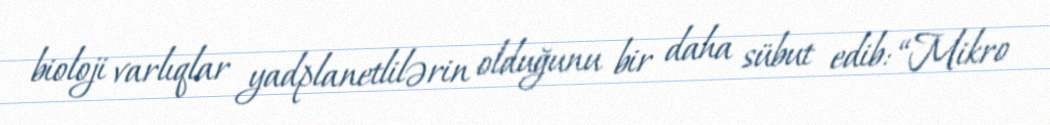
bioloji varlıqlar yadplanetlilərin olduğunu bir daha sübut edib: “Mikro